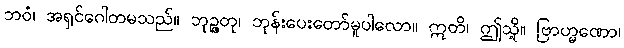
ဘဝံ၊ အရှင်ဂေါတမသည်။ ဘုဉ္ဇတု၊ ဘုန်းပေးတော်မူပါလော။ ဣတိ၊ ဤသို့။ ဗြာဟ္မဏော၊